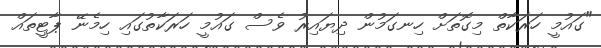
"ގައުމީ ހަރަކާތް މިގޮތަށް ހިނގަމުން ދިޔައިރު ވެސް ގައުމީ ހަރަކާތުގައި ހިމެނޭ ޕާޓީތައް